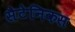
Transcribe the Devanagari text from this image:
सैटेनिकस